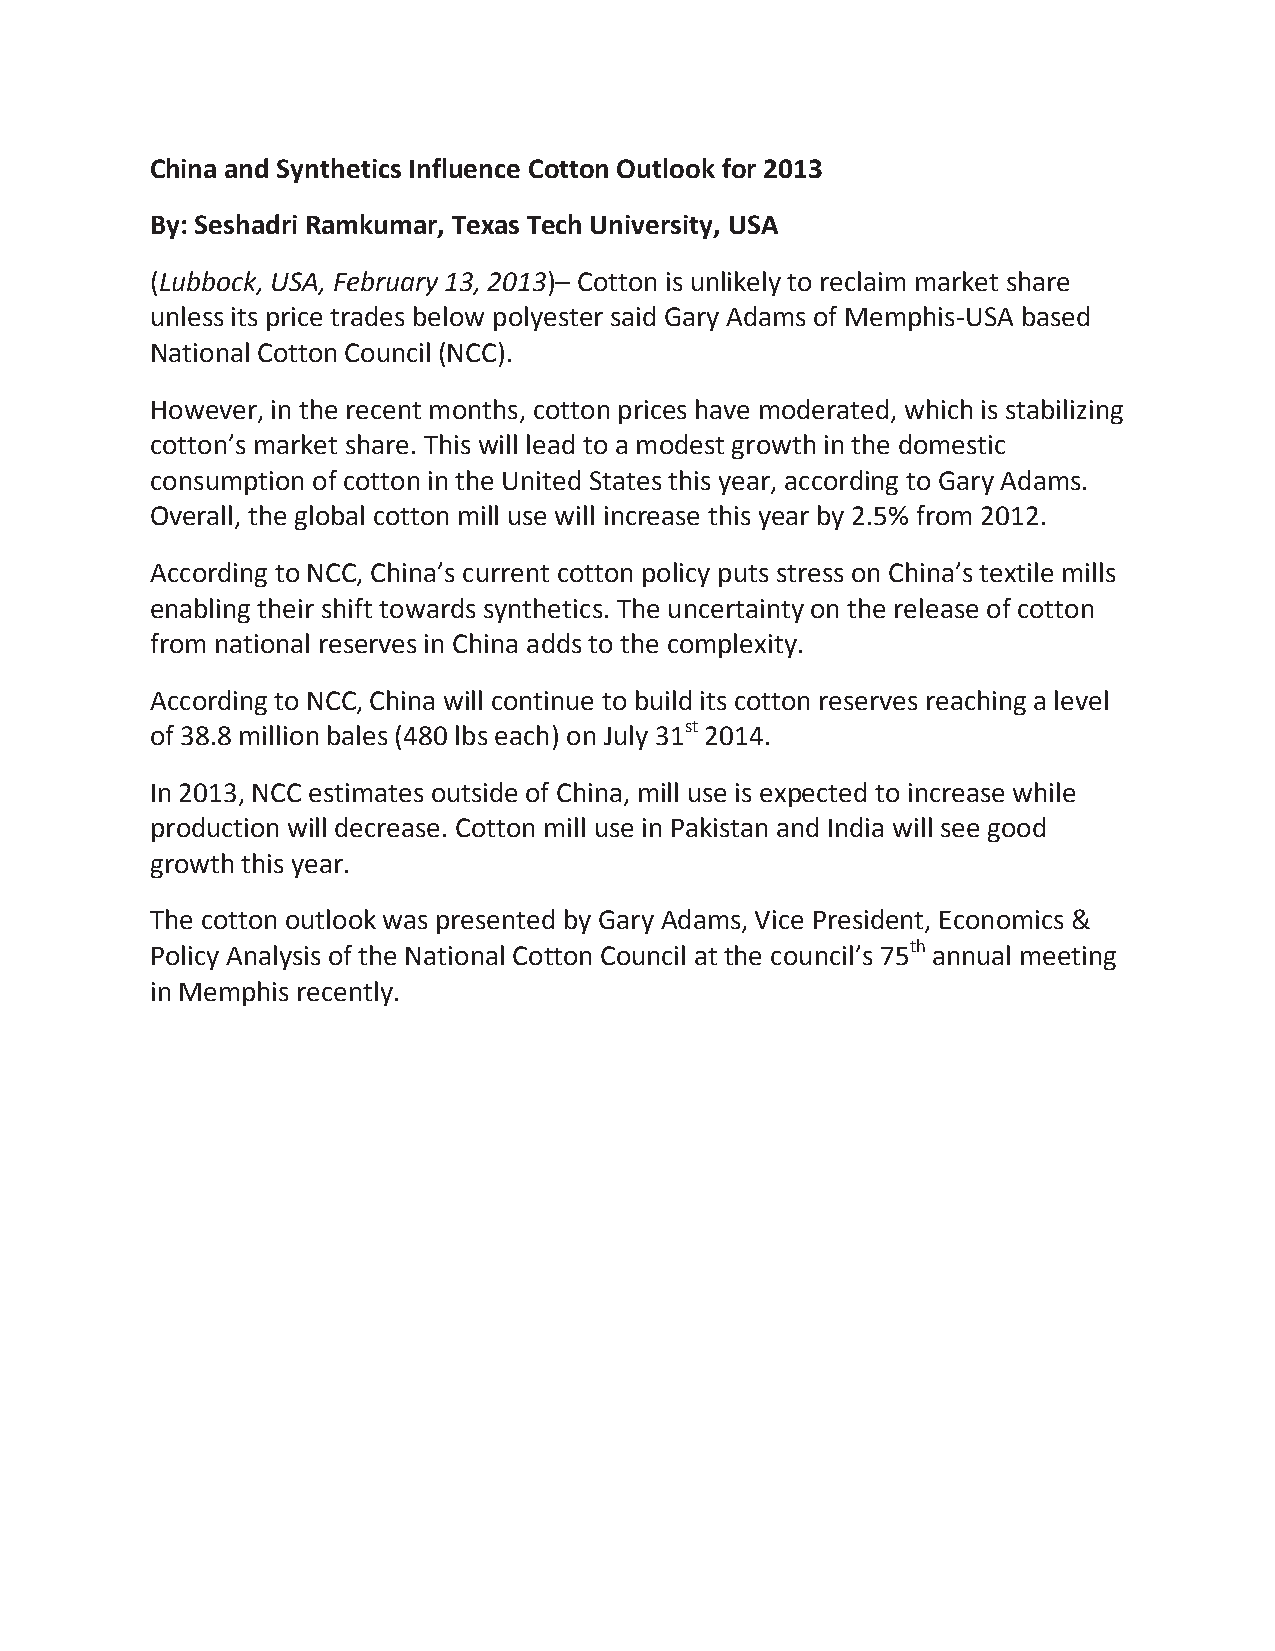
China and Synthetics Influence Cotton Outlook for 2013
 By: Seshadri Ramkumar, Texas Tech University, USA
 (Lubbock, USA, February 13, 2013)– Cotton is unlikely to reclaim market share
 unless its price trades below polyester said Gary Adams of Memphis-USA based
 National Cotton Council (NCC).
 However, in the recent months, cotton prices have moderated, which is stabilizing
 cotton’s market share. This will lead to a modest growth in the domestic
 consumption of cotton in the United States this year, according to Gary Adams.
 Overall, the global cotton mill use will increase this year by 2.5% from 2012.
 According to NCC, China’s current cotton policy puts stress on China’s textile mills
 enabling their shift towards synthetics. The uncertainty on the release of cotton
 from national reserves in China adds to the complexity.
 According to NCC, China will continue to build its cotton reserves reaching a level
 of 38.8 million bales (480 lbs each) on July 31st 2014.
 In 2013, NCC estimates outside of China, mill use is expected to increase while
 production will decrease. Cotton mill use in Pakistan and India will see good
 growth this year.
 The cotton outlook was presented by Gary Adams, Vice President, Economics &
 Policy Analysis of the National Cotton Council at the council’s 75th annual meeting
 in Memphis recently.